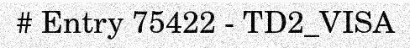
# Entry 75422 - TD2_VISA